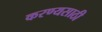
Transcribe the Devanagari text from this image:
करण्यसाठी